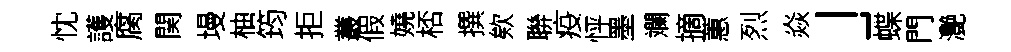
忱護腐関墁柚筠拒叢假嬈桮撰欸聨疫怦墨斕摘蕙烈焱」蝶門灔